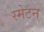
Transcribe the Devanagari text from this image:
स्मेटन